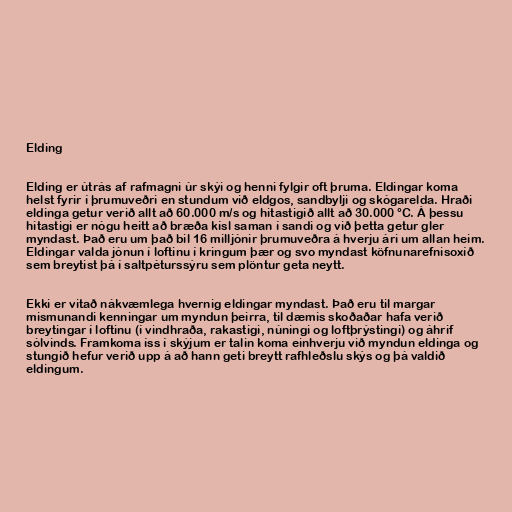
Elding

Elding er útrás af rafmagni úr skýi og henni fylgir oft þruma. Eldingar koma
helst fyrir í þrumuveðri en stundum við eldgos, sandbylji og skógarelda. Hraði
eldinga getur verið allt að 60.000 m/s og hitastigið allt að 30.000 °C. Á þessu
hitastigi er nógu heitt að bræða kísl saman í sandi og við þetta getur gler
myndast. Það eru um það bil 16 milljónir þrumuveðra á hverju ári um allan heim.
Eldingar valda jónun í loftinu í kringum þær og svo myndast köfnunarefnisoxíð
sem breytist þá í saltpéturssýru sem plöntur geta neytt.

Ekki er vitað nákvæmlega hvernig eldingar myndast. Það eru til margar
mismunandi kenningar um myndun þeirra, til dæmis skoðaðar hafa verið
breytingar í loftinu (í vindhraða, rakastigi, núningi og loftþrýstingi) og áhrif
sólvinds. Framkoma íss í skýjum er talin koma einhverju við myndun eldinga og
stungið hefur verið upp á að hann geti breytt rafhleðslu skýs og þá valdið
eldingum.